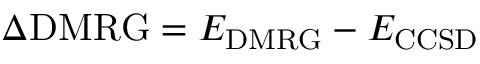
\Delta \mathrm { D M R G } = E _ { \mathrm { D M R G } } - E _ { \mathrm { C C S D } }